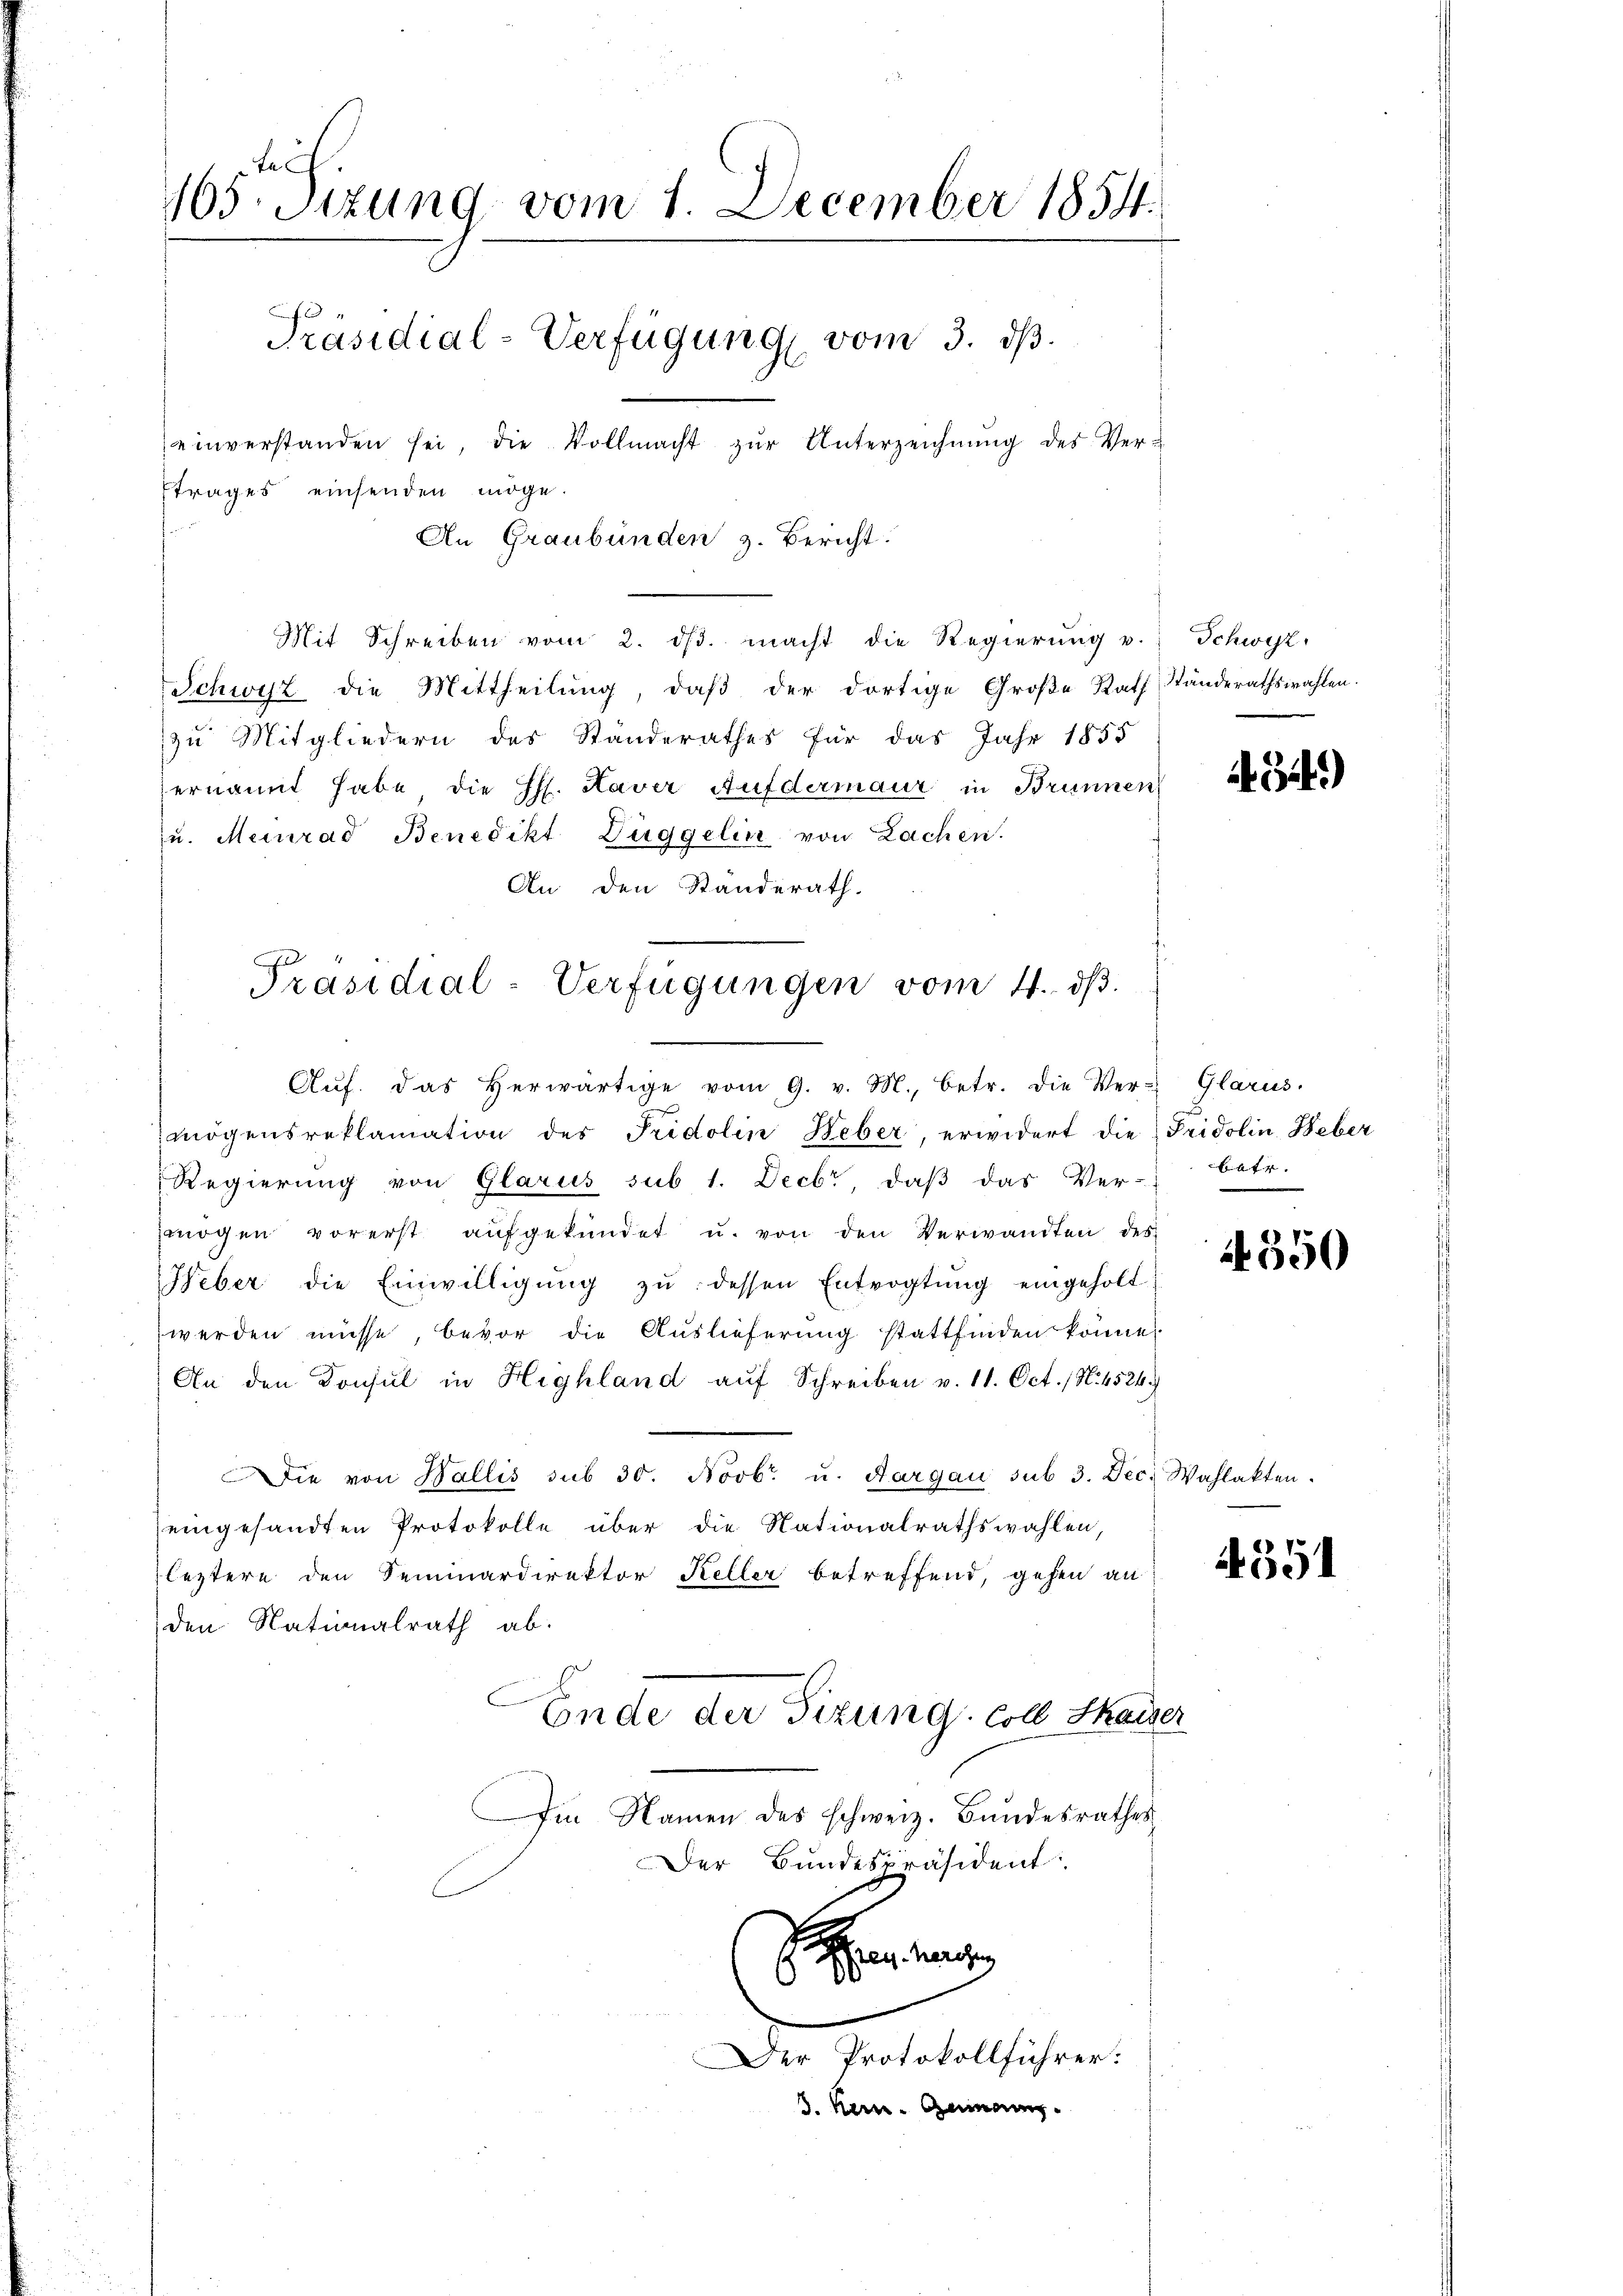
105. Sitzung vom 1. December 1854.
Präsidial-Verfügung vom 3. ds.
einverstanden sei, die Vollmacht zŭr Unterzeichnung des Ver-
trages einsenden möge.
An Graubünden z. Bericht.

Mit Schreiben vom 2. dβ. macht die Regierung u.
Schwyz die Mittheilung, daß der dortige Große Rath Ständerathswahlen.
zu Mitgliedern des Standerathes für das Jahr 1855
ernannt habe die H. Haver Aufdermaur in Brunnen
u. Meinrad Benedikt Düggelin von Zachen.
An den Standerath.
Aŭf. Das herwärtige vom 9. v. M., betr. die Ver- Glarus.
mögensreklamation des Fridolin Heber, erwidert die Pridolin, Heber
Regierŭng von Glarus sub 1. Decbr, daβ das Ver- betr.
mögen vorerst aŭfgekündet u. von den Verwandten des
Heber die Einwilligŭng zŭ dessen Entvogtung eingeholt
werden müsse, bevor die Auslieferung stattfinden könne.
An den Konsul in Highland auf Schreiben v. 11. Oct. (N. 4524
Die von Wallis sub 30. Novbr. u. Aargau sub 3. Dec. Wahlakten.
eingesandten Protokolle über die Nationalrathswahlen,
leztere den Seminardirektor Keller betreffend, gehen an
den Nationalrath ab.
Ende der Sizung coll Skaiser
Im Namen des schweiz. Bundesrathes
Der Bundespräsident:
teg. Herren
a
.

Der Protokollführer:
3. Hern. Gemein

Präsidial-Verfügungen vom 4. dβ.

Schwyz,

494)

550

4551